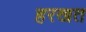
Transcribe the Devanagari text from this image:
हरखत